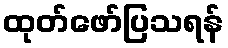
ထုတ်ဖော်ပြသရန်